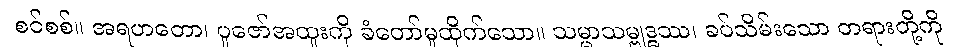
စင်စစ်။ အရဟတော၊ ပူဇော်အထူးကို ခံတော်မူထိုက်သော။ သမ္မာသမ္ဗုဒ္ဓဿ၊ ခပ်သိမ်းသော တရားတို့ကို